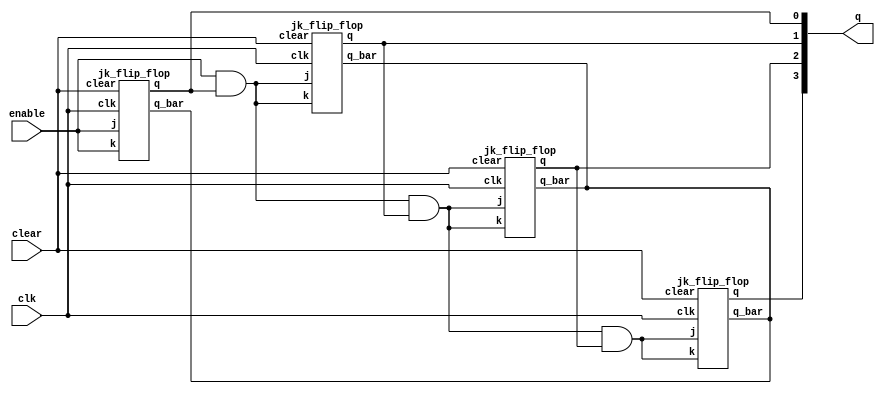
module counter_with_enable_input(q, enable, clear, clk);
	input enable, clear, clk;
	output [3:0] q;
	wire a, b, c;
	jk_flip_flop jk1(q[0],,enable,enable, clear, clk);
	assign a = enable & q[0];
	jk_flip_flop jk2(q[1],,a,a,clear,clk);
	assign b = a & q[1];
	jk_flip_flop jk3(q[2],,b,b,clear,clk);
	assign c = b & q[2];
	jk_flip_flop jk4(q[3],,c,c,clear,clk);
endmodule

module jk_flip_flop(q, q_bar, j, k, clear, clk);
	input j, k, clear, clk;
	output q, q_bar;
	wire a, b, c, d, y, y_bar, c_bar;
	nand(a, q_bar, j, clk, clear);
	nand(b, k, clk, q);
	nand(c, a, d);
	nand(d, c, clear, b);
	not(c_bar, clk);
	nand(y, c, c_bar);
	nand(y_bar, d, c_bar);
	nand(q, y, q_bar);
	nand(q_bar, q, clear, y_bar);
endmodule